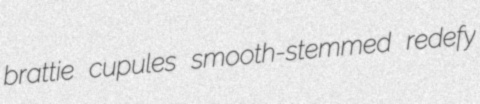
brattie cupules smooth-stemmed redefy